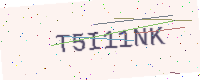
Text: T5I11NK